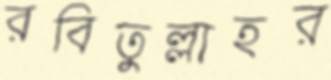
রবিতুল্লাহর